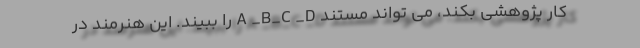
کار پژوهشی بکند، می تواند مستند A _B_C _D را ببیند. این هنرمند در